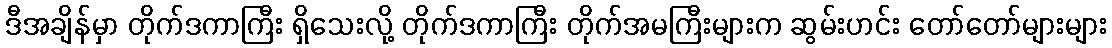
ဒီအချိန်မှာ တိုက်ဒကာကြီး ရှိသေးလို့ တိုက်ဒကာကြီး တိုက်အမကြီးများက ဆွမ်းဟင်း တော်တော်များများ